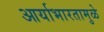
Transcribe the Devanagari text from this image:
आर्याभारतामुळे